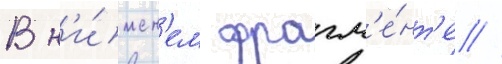
В н'и́жн'ем фрагм'е́нт'е //